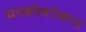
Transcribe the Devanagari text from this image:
संपन्नतेबरोबरच